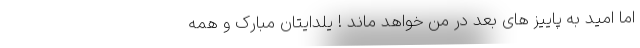
اما امید به پاییز های بعد در من خواهد ماند ! یلدایتان مبارک و همه